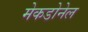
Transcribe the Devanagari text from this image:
मेकडोनेल